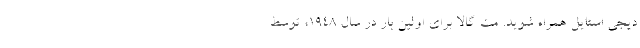
دیجی استایل همراه شوید. مت گالا برای اولین بار در سال ۱۹۴۸، توسط